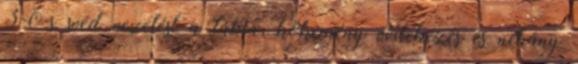
3-0-s svéd vezetést a tábla, kőkemény védekezés és néhány